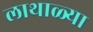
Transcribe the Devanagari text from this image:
लाथाळ्या